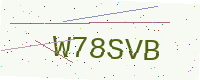
Text: W78SVB